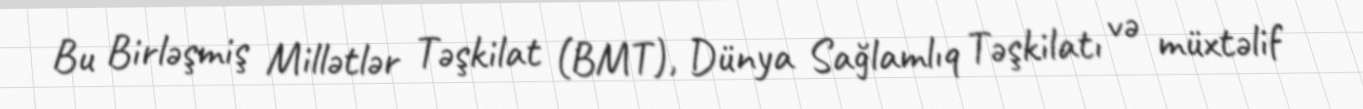
Bu Birləşmiş Millətlər Təşkilat (BMT), Dünya Sağlamlıq Təşkilatı və müxtəlif